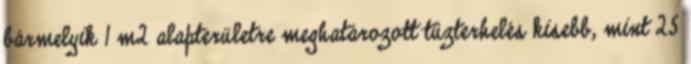
bármelyik 1 m2 alapterületre meghatározott tûzterhelés kisebb, mint 25